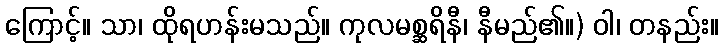
ကြောင့်။ သာ၊ ထိုရဟန်းမသည်။ ကုလမစ္ဆရိနီ၊ နီမည်၏။) ဝါ၊ တနည်း။